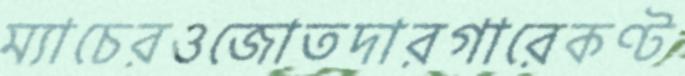
ম্যাচেরওজোতদারগারেকণ্ট